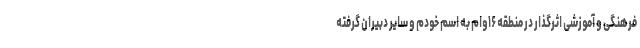
فرهنگی و آموزشی اثرگذار در منطقه ۱۶وام به اسم خودم و سایر دبیران گرفته